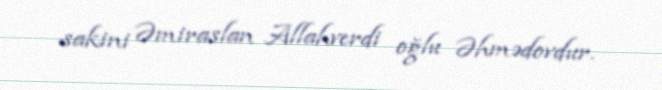
sakini Əmiraslan Allahverdi oğlu Əhmədovdur.